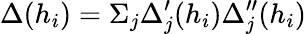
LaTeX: \Delta(h_{i})=\Sigma_{j}\Delta_{j}^{\prime}(h_{i})\Delta_{j}^{\prime\prime}(h_{i})